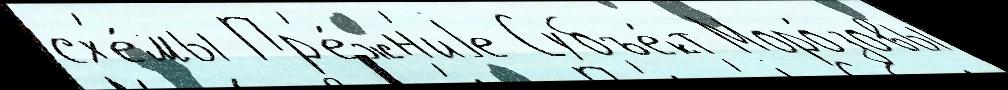
сх'е́мы Пр'е́жн'иjе Субъе́кт Моро́зовы